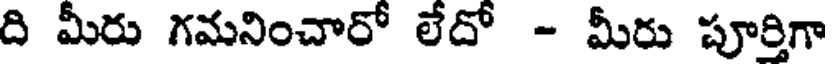
ది మీరు గమనించారో లేదో - మీరు పూర్తిగా